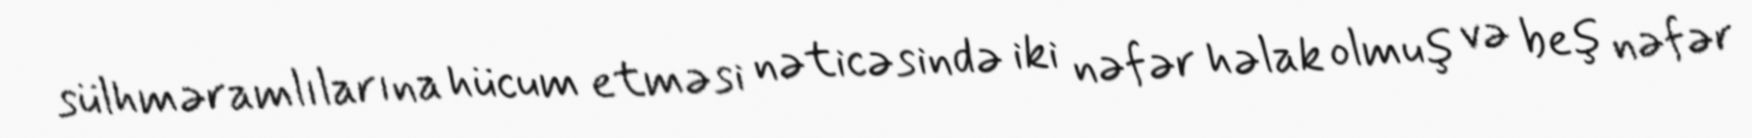
sülhməramlılarına hücum etməsi nəticəsində iki nəfər həlak olmuş və beş nəfər